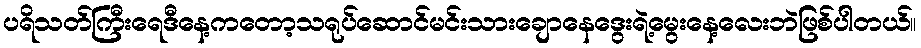
ပရိသတ်ကြီးရေဒီနေ့ကတော့သရုပ်ဆောင်မင်းသားချောနေဒွေးရဲ့မွေးနေ့လေးဘဲဖြစ်ပါတယ်။